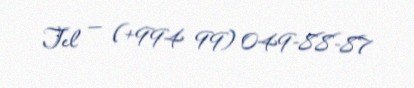
Tel — (+994 99) 049-88-87